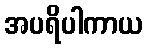
အပရိပါကာယ